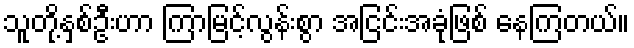
သူတို့နှစ်ဦးဟာ ကြာမြင့်လွန်းစွာ အငြင်းအခုံဖြစ် နေကြတယ်။